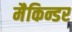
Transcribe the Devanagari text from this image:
मैकिन्डर